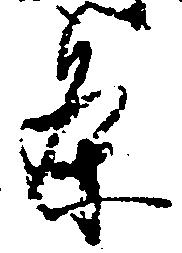
条